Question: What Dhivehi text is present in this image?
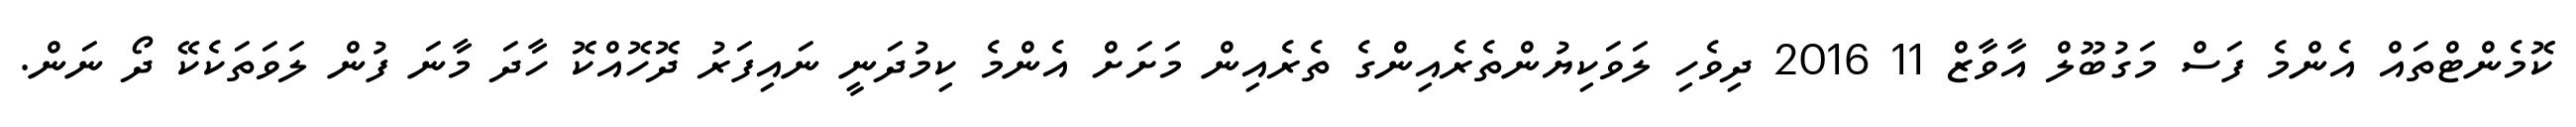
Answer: ކޮމެންޓްތައް އެންމެ ފަސް މަގުބޫލް އާވާޒް 11 2016 ދިވެހި ލަވަކިޔުންތެރެއިންގެ ތެރެއިން މަށަށް އެންމެ ކިމުދަނީ ނައިފަރު ދޮހޮއްކޮ ހާދަ މާނަ ފުން ލަވަތަކެކޭ ދޯ ނަން.